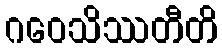
ဂဝေသိဿတီတိ